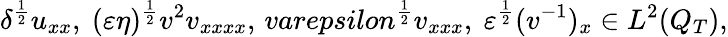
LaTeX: \delta^{\frac{1}{2}}u_{xx},\ (\varepsilon\eta)^{\frac{1}{2}}v^{2}v_{xxxx},\, varepsilon^{\frac{1}{2}}v_{xxx},\ \varepsilon^{\frac{1}{2}}(v^{-1})_{x}\in L^{2}(Q_{T}),